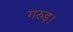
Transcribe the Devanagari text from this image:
गरुड़।